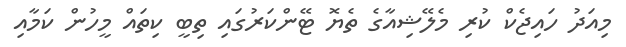
މިއަދު ހައިޖެކް ކުރި މެލޭޝިއާގެ ތެޔޮ ޓޭންކަރުގައި ތިބީ ކިތައް މީހުން ކަމާއި